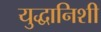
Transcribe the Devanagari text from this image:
युद्धानिशी